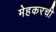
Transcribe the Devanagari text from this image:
मेहकरची